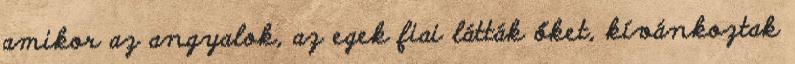
amikor az angyalok, az egek fiai látták őket, kívánkoztak